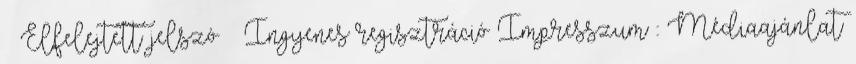
» Elfelejtett jelszó » Ingyenes regisztráció Impresszum :: Médiaajánlat